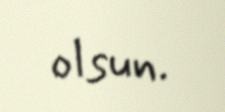
olsun.